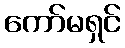
ကော်မရှင်